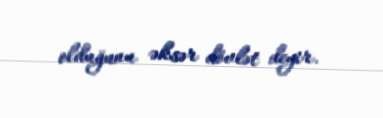
olduğunu əksər dövlət deyir.